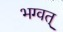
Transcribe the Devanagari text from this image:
भग्वत्